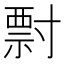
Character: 𡬽